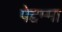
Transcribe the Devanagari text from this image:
पेद्दम्मा